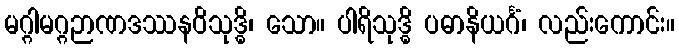
မဂ္ဂါမဂ္ဂဉာဏဒဿနဝိသုဒ္ဓိ၊ သော။ ပါရိသုဒ္ဓိ ပဓာနိယင်္ဂံ၊ လည်းကောင်း။